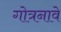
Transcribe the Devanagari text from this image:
गोत्रनावे